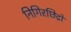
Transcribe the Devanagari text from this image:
निगिरछिद्रों